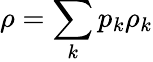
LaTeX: \rho=\sum_{k}p_{k}\rho_{k}